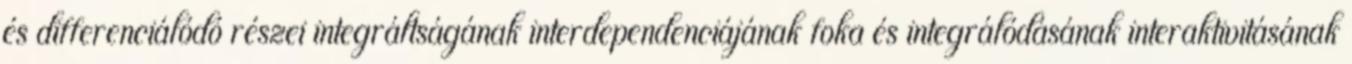
és differenciálódó részei integráltságának interdependenciájának foka és integrálódásának interaktivitásának